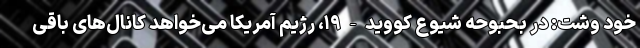
خود وشت: در بحبوحه شیوع کووید-۱۹، رژیم آمریکا می‌خواهد کانال‌های باقی